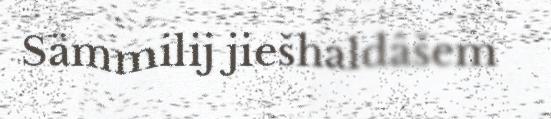
Sämmilij jiešhaldâšem